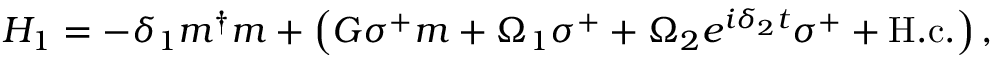
\begin{array} { r } { H _ { 1 } = { - } \delta _ { 1 } m ^ { \dag } m + \left( G \sigma ^ { + } m + \Omega _ { 1 } \sigma ^ { + } + \Omega _ { 2 } e ^ { i \delta _ { 2 } t } \sigma ^ { + } + \mathrm { H . c . } \right) , } \end{array}